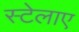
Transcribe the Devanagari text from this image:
स्टेलाए